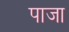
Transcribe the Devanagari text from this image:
पाजा